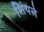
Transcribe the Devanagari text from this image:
शिंपले